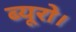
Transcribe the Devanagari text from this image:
ब्यूरो।